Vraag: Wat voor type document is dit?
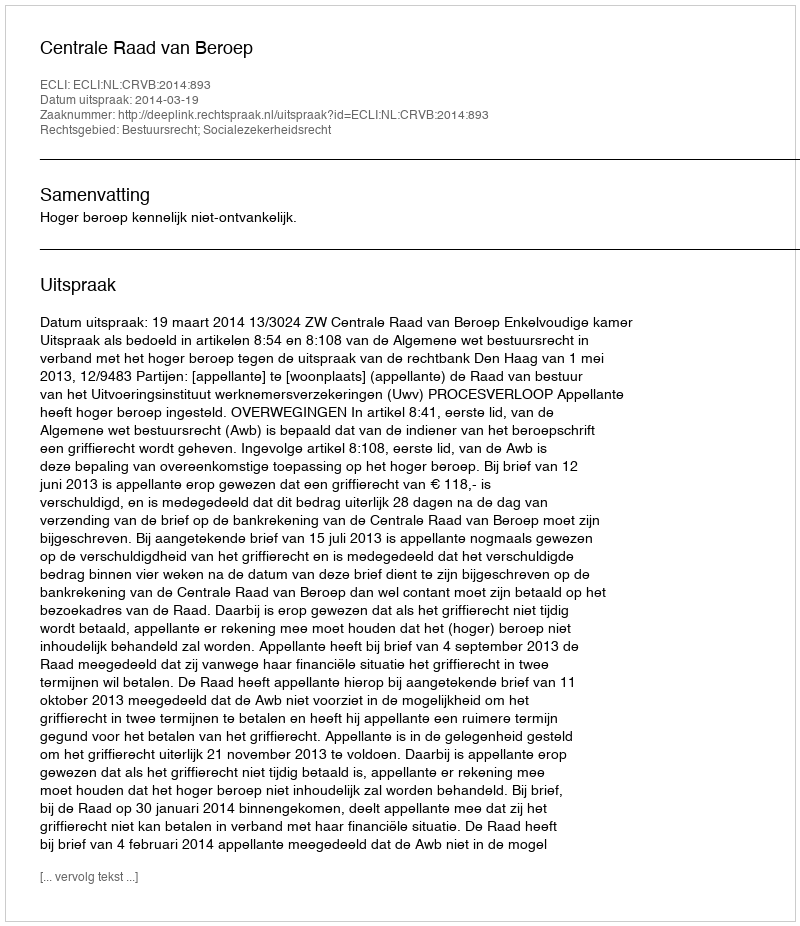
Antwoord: Uitspraak